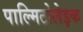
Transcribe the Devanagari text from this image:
पाल्मिटोलेइक